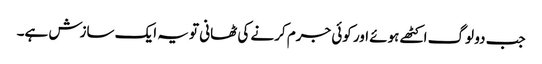
جب دو لوگ اکٹھے ہوئے اور کوئی جرم کرنے کی ٹھانی تو یہ ایک سازش ہے۔